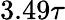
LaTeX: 3.49\tau